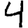
Digit: 4